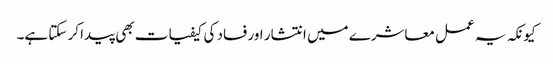
کیونکہ یہ عمل معاشرے میں انتشار اور فساد کی کیفیات بھی پیدا کر سکتا ہے۔